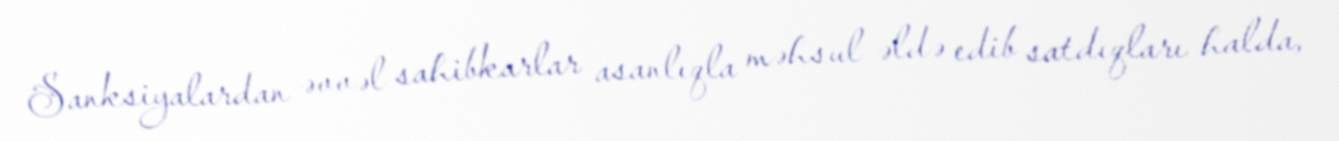
Sanksiyalardan əvvəl sahibkarlar asanlıqla məhsul əldə edib satdıqları halda,